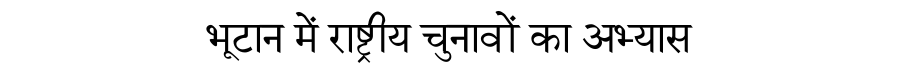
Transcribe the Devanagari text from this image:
भूटान में राष्ट्रीय चुनावों का अभ्यास